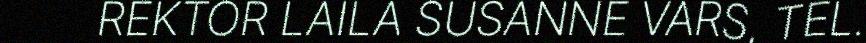
REKTOR LAILA SUSANNE VARS, TEL.